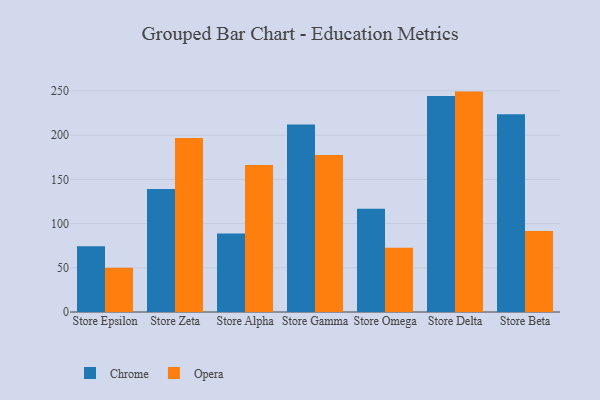
{"axis": {"x": "Store", "y": "Waste Production (Tons)"}, "legend": ["Chrome", "Opera"], "data": [{"x": "Store Epsilon", "y": 74.3, "type": "Chrome"}, {"x": "Store Epsilon", "y": 50.1, "type": "Opera"}, {"x": "Store Zeta", "y": 139.1, "type": "Chrome"}, {"x": "Store Zeta", "y": 196.8, "type": "Opera"}, {"x": "Store Alpha", "y": 88.8, "type": "Chrome"}, {"x": "Store Alpha", "y": 166.3, "type": "Opera"}, {"x": "Store Gamma", "y": 212.1, "type": "Chrome"}, {"x": "Store Gamma", "y": 177.4, "type": "Opera"}, {"x": "Store Omega", "y": 116.8, "type": "Chrome"}, {"x": "Store Omega", "y": 72.7, "type": "Opera"}, {"x": "Store Delta", "y": 244.3, "type": "Chrome"}, {"x": "Store Delta", "y": 249.2, "type": "Opera"}, {"x": "Store Beta", "y": 223.6, "type": "Chrome"}, {"x": "Store Beta", "y": 91.5, "type": "Opera"}]}